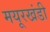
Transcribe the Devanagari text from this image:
मयूरखंडी